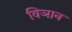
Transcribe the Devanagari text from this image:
विञान